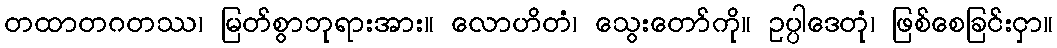
တထာတဂတဿ၊ မြတ်စွာဘုရားအား။ လောဟိတံ၊ သွေးတော်ကို။ ဥပ္ပါဒေတုံ၊ ဖြစ်စေခြင်းငှာ။